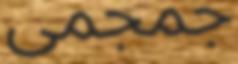
جمجمى